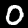
Digit: 0